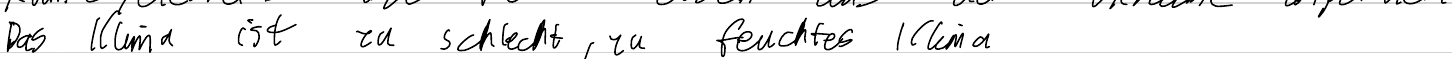
Das Klima ist zu schlecht, zu feuchtes Klima